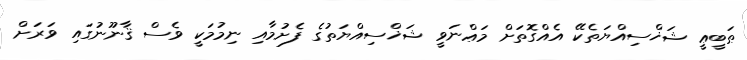
ޠަބީޢީ ޝަޚްސިއްޔަތެކޭ އެއްގޮތަށް މަޢްނަވީ ޝަޚްސިއްޔަތުގެ ފެށުމާއި ނިމުމަކީ ވެސް ޤާނޫނުގައި ވަރަށް